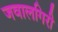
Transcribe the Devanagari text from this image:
जवालगिरी